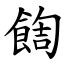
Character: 䭇